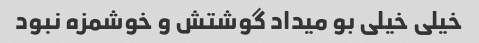
خیلی خیلی بو میداد گوشتش و خوشمزه نبود